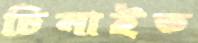
চিনাইত